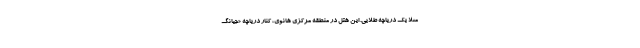
مثلا یک دریاچه طلایی. این هتل در منطقه مرکزی هانوی، کنار دریاچه «جیانگ